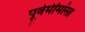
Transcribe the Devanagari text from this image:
पूर्वमींमांसा